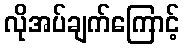
လိုအပ်ချက်ကြောင့်